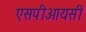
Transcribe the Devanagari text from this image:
एसपीआयसी